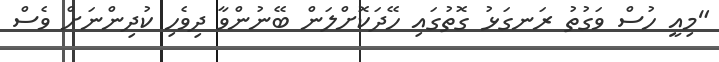
"މިއީ ހުސް ވަގުތު ރަނގަޅު ގޮތުގައި ހޭދަކޮށްލަން ބޭނުންވާ ދިވެހި ކުދިންނަށް ވެސް